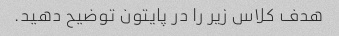
هدف کلاس زیر را در پایتون توضیح دهید.